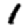
Digit: 1